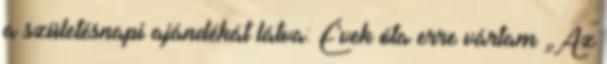
a születésnapi ajándékát látva: Évek óta erre vártam „Az